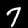
Label: 7